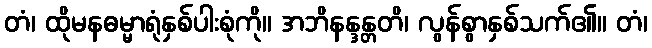
တံ၊ ထိုမနဓမ္မာရုံနှစ်ပါးစုံကို။ အဘိနန္ဒန္တတိ၊ လွန်စွာနှစ်သက်၏။ တံ၊